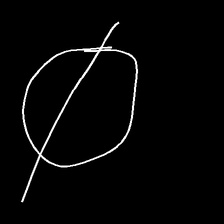
Glyph: orb